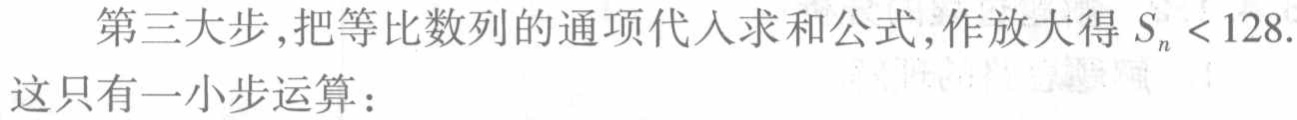
第三大步,把等比数列的通项代入求和公式,作放大得 \(S_{n}<128\).这只有一小步运算：